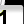
Digit: 1